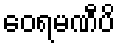
ဝေရမဏီပိ